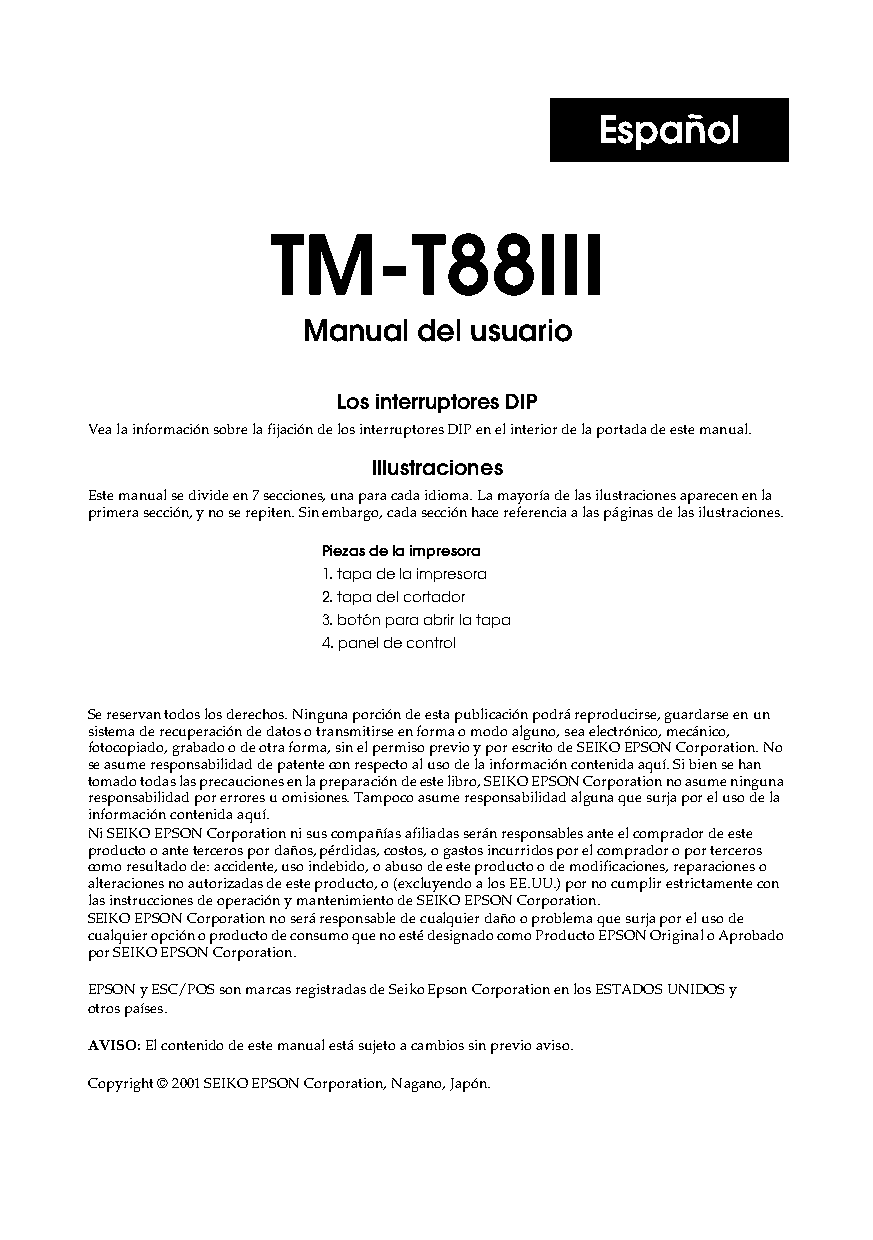
Español
 TM-T88III
 Manual  del usuario
 Los interruptores DIP
 Vea la información sobre la fijación de los interruptores DIP en el interior de la portada de este manual.
 Illustraciones
 Este manual se divide en 7 secciones, una para cada idioma. La mayoría de las ilustraciones aparecen en la
 primera sección, y no se repiten. Sin embargo, cada sección hace referencia a las páginas de las ilustraciones.
 Piezas de la impresora
 1. tapa de la impresora
 2. tapa del cortador
 3. botón para abrir la tapa
 4. panel de control
 Se reservan todos los derechos. Ninguna porción de esta publicación podrá reproducirse, guardarse en un
 sistema de recuperación de datos o transmitirse en forma o modo alguno, sea electrónico, mecánico,
 fotocopiado, grabado o de otra forma, sin el permiso previo y por escrito de SEIKO EPSON Corporation. No
 se asume responsabilidad de patente con respecto al uso de la información contenida aquí. Si bien se han
 tomado todas las precauciones en la preparación de este libro, SEIKO EPSON Corporation no asume ninguna
 responsabilidad por errores u omisiones. Tampoco asume responsabilidad alguna que surja por el uso de la
 información contenida aquí.
 Ni SEIKO EPSON Corporation ni sus compañías afiliadas serán responsables ante el comprador de este
 producto o ante terceros por daños, pérdidas, costos, o gastos incurridos por el comprador o por terceros
 como resultado de: accidente, uso indebido, o abuso de este producto o de modificaciones, reparaciones o
 alteraciones no autorizadas de este producto, o (excluyendo a los EE.UU.) por no cumplir estrictamente con
 las instrucciones de operación y mantenimiento de SEIKO EPSON Corporation.
 SEIKO EPSON Corporation no será responsable de cualquier daño o problema que surja por el uso de
 cualquier opción o producto de consumo que no esté designado como Producto EPSON Original o Aprobado
 por SEIKO EPSON Corporation.
 EPSON y ESC/POS son marcas registradas de Seiko Epson Corporation en los ESTADOS UNIDOS y
 otros países.
 AVISO: El contenido de este manual está sujeto a cambios sin previo aviso.
 Copyright © 2001 SEIKO EPSON Corporation, Nagano, Japón.